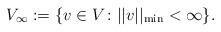
LaTeX: \begin{align*}V_{\infty} := \{ v \in V \colon || v ||_{\min} < \infty \}.\end{align*}